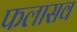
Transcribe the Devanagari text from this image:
फलासव